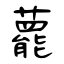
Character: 藣